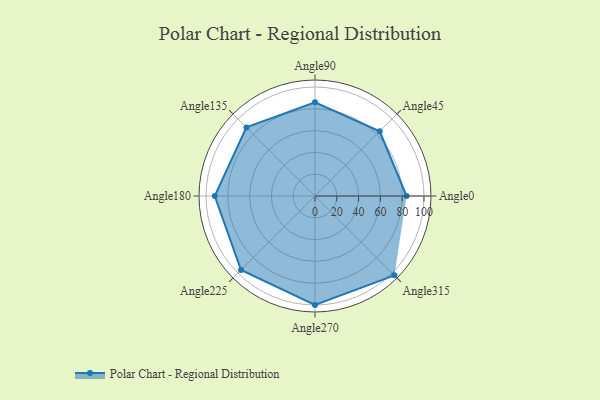
{"axis": {"x": "Angle", "y": "Radius"}, "legend": [""], "data": [{"x": "Angle0", "y": 84.0, "type": ""}, {"x": "Angle45", "y": 84.0, "type": ""}, {"x": "Angle90", "y": 86.0, "type": ""}, {"x": "Angle135", "y": 89.0, "type": ""}, {"x": "Angle180", "y": 92.0, "type": ""}, {"x": "Angle225", "y": 96.0, "type": ""}, {"x": "Angle270", "y": 100.0, "type": ""}, {"x": "Angle315", "y": 103.0, "type": ""}]}